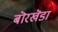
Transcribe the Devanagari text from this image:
बॊरखॆडा